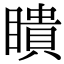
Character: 瞶